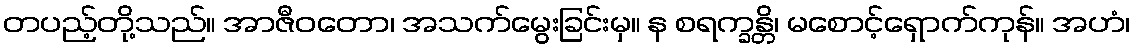
တပည့်တို့သည်။ အာဇီဝတော၊ အသက်မွေးခြင်းမှ။ န စရက္ခန္တိ၊ မစောင့်ရှောက်ကုန်။ အဟံ၊